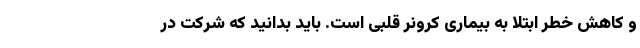
و کاهش خطر ابتلا به بیماری کرونر قلبی است. باید بدانید که شرکت در